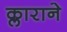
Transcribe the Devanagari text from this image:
क्लाराने